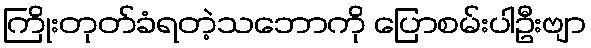
ကြိုးတုတ်ခံရတဲ့သဘောကို ပြောစမ်းပါဦးဗျာ